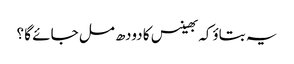
یہ بتاؤکہ بھینس کا دودھ مل جائے گا ؟